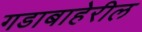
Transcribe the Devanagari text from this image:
गडाबाहेरील